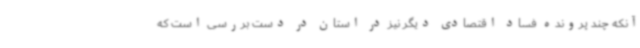
آنکه چند پرونده فساد اقتصادی دیگر نیز در استان در دست بررسی است که